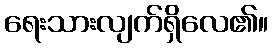
ရေးသားလျက်ရှိလေ၏။